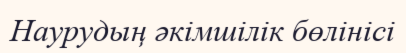
Наурудың әкімшілік бөлінісі